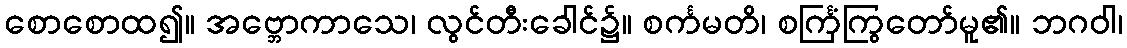
စောစောထ၍။ အဗ္ဘောကာသေ၊ လွင်တီးခေါင်၌။ စင်္ကမတိ၊ စင်္ကြံကြွတော်မူ၏။ ဘဂဝါ၊